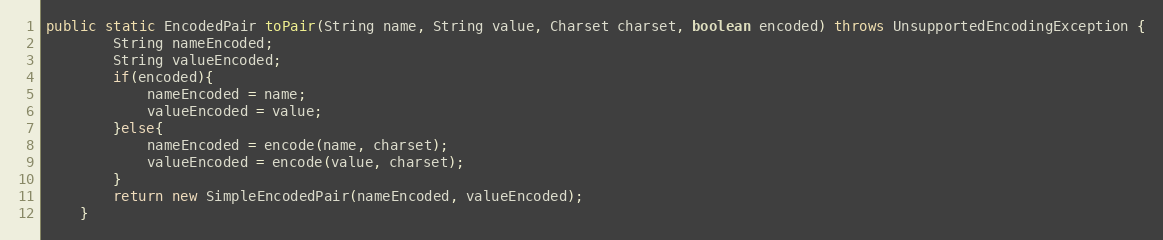
Language: Java
public static EncodedPair toPair(String name, String value, Charset charset, boolean encoded) throws UnsupportedEncodingException {
        String nameEncoded;
        String valueEncoded;
        if(encoded){
            nameEncoded = name;
            valueEncoded = value;
        }else{
            nameEncoded = encode(name, charset);
            valueEncoded = encode(value, charset);
        }
        return new SimpleEncodedPair(nameEncoded, valueEncoded);
    }